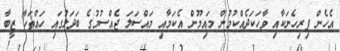
އެހެން ފިރިހެނަކާއި ވާހަކަދެއްކުމުން މައިމޫން އެކަމާއި މައްސަލަ ޖެއްސުމުގެ ބަދަލުގައި ހައްތަހާ ޒީބާ